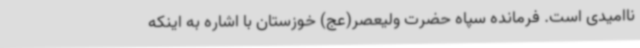
ناامیدی است. فرمانده سپاه حضرت ولیعصر(عج) خوزستان با اشاره به اینکه